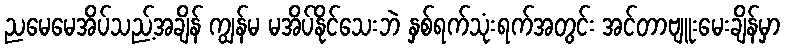
ညမေမေအိပ်သည့်အချိန် ကျွန်မ မအိပ်နိုင်သေးဘဲ နှစ်ရက်သုံးရက်အတွင်း အင်တာဗျူးမေးချိန်မှာ